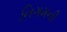
નિગમની